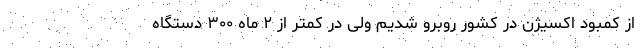
از کمبود اکسیژن در کشور روبرو شدیم ولی در کمتر از ۲ ماه ۳۰۰ دستگاه